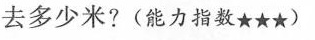
去多少米?(能力指数★★★)